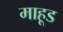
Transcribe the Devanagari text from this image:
माहूड